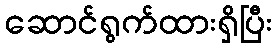
ဆောင်ရွက်ထားရှိပြီး